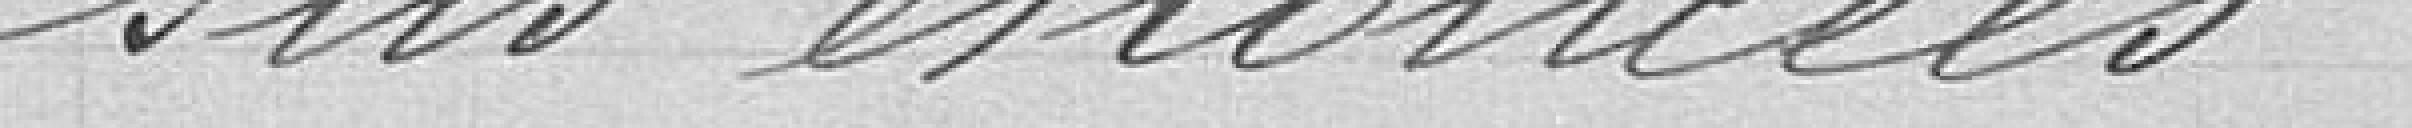
sus-énoncées